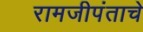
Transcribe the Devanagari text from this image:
रामजीपंताचे